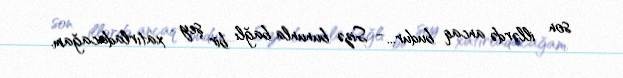
son illərdə ancaq budur... - Sizə bununla bağlı bir şey xatırladacağam.